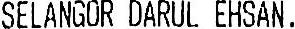
SELANGOR DARUL EHSAN.